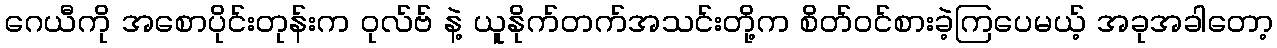
ဂေယီကို အစောပိုင်းတုန်းက ဝုလ်ဗ် နဲ့ ယူနိုက်တက်အသင်းတို့က စိတ်ဝင်စားခဲ့ကြပေမယ့် အခုအခါတော့